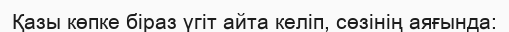
Қазы көпке біраз үгіт айта келіп, сөзінің аяғында: